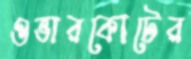
ওভারকোটের